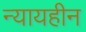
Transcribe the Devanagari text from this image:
न्यायहीन